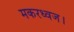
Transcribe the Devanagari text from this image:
मकरध्वज।